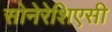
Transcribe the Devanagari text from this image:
सोनेरेशिएसी